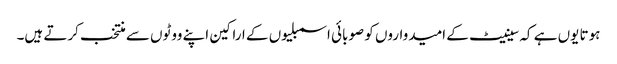
ہوتا یوں ہے کہ سینیٹ کے امیدواروں کو صوبائی اسمبلیوں کے اراکین اپنے ووٹوں سے منتخب کرتے ہیں۔